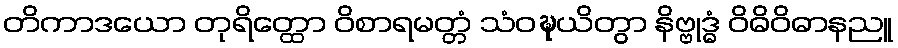
တိကာဒယော တုရိတ္ထော ဝိစာရမတ္တံ သံဝဍ္ဎယိတွာ နိဗ္ဗုဒ္ဓံ ဝိဓိဝိဓာနညူ